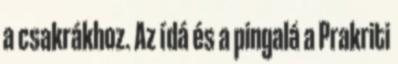
a csakrákhoz. Az ídá és a pingalá a Prakriti